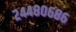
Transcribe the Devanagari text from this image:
२४४८०६८६